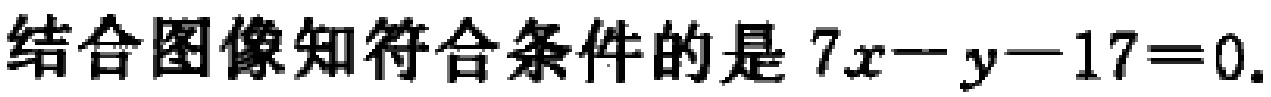
结合图像知符合条件的是 \(7x - y - 17 = 0\).